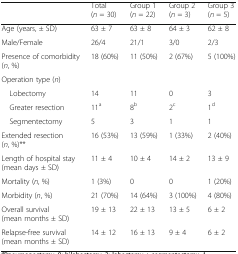
<table><thead><tr><td></td><td><b>Total (<i>n</i> = 30)</b></td><td><b>Group 1 (<i>n</i> = 22)</b></td><td><b>Group 2 (<i>n</i> = 3)</b></td><td><b>Group 3 (<i>n</i> = 5)</b></td></tr></thead><tbody><tr><td>Age (years, ± SD)</td><td>63 ± 7</td><td>63 ± 8</td><td>64 ± 3</td><td>62 ± 8</td></tr><tr><td>Male/Female</td><td>26/4</td><td>21/1</td><td>3/0</td><td>2/3</td></tr><tr><td>Presence of comorbidity (<i>n</i>, %)</td><td>18 (60%)</td><td>11 (50%)</td><td>2 (67%)</td><td>5 (100%)</td></tr><tr><td>Operation type (<i>n</i>)</td><td></td><td></td><td></td><td></td></tr><tr><td> Lobectomy</td><td>14</td><td>11</td><td>0</td><td>3</td></tr><tr><td> Greater resection</td><td>11<sup>a</sup></td><td>8<sup>b</sup></td><td>2<sup>c</sup></td><td>1<sup>d</sup></td></tr><tr><td> Segmentectomy</td><td>5</td><td>3</td><td>1</td><td>1</td></tr><tr><td>Extended resection (<i>n</i>, %)**</td><td>16 (53%)</td><td>13 (59%)</td><td>1 (33%)</td><td>2 (40%)</td></tr><tr><td>Length of hospital stay (mean days ± SD)</td><td>11 ± 4</td><td>10 ± 4</td><td>14 ± 2</td><td>13 ± 9</td></tr><tr><td>Mortality (<i>n</i>, %)</td><td>1 (3%)</td><td>0</td><td>0</td><td>1 (20%)</td></tr><tr><td>Morbidity (<i>n</i>, %)</td><td>21 (70%)</td><td>14 (64%)</td><td>3 (100%)</td><td>4 (80%)</td></tr><tr><td>Overall survival (mean months ± SD)</td><td>19 ± 13</td><td>22 ± 13</td><td>13 ± 5</td><td>6 ± 2</td></tr><tr><td>Relapse-free survival (mean months ± SD)</td><td>14 ± 12</td><td>16 ± 13</td><td>9 ± 4</td><td>6 ± 2</td></tr></tbody></table>